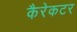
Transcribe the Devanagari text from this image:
कैरेकटर